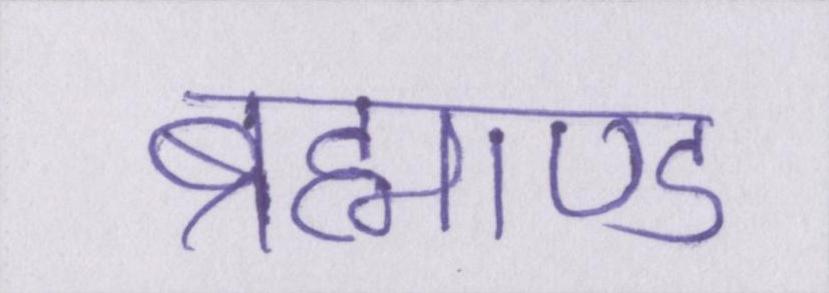
ब्रह्माण्ड